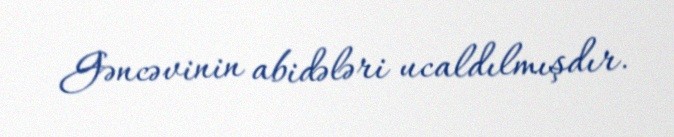
Gəncəvinin abidələri ucaldılmışdır.